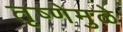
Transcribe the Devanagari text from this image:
तृष्णेमुळे